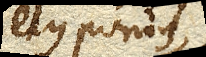
pondus